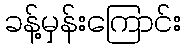
ခန့်မှန်းကြောင်း